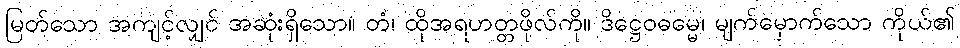
မြတ်သော အကျင့်လျှင် အဆုံးရှိသော။ တံ၊ ထိုအရဟတ္တဖိုလ်ကို။ ဒိဋ္ဌေဝဓမ္မေ၊ မျက်မှောက်သော ကိုယ်၏